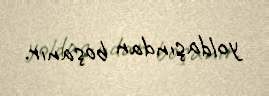
yoldaşından boşanır.